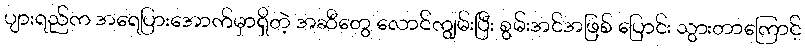
ပျားရည်က အရေပြားအောက်မှာရှိတဲ့ အဆီတွေ လောင်ကျွမ်းပြီး စွမ်းအင်အဖြစ် ပြောင်း သွားတာကြောင့်